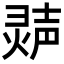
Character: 𬊽